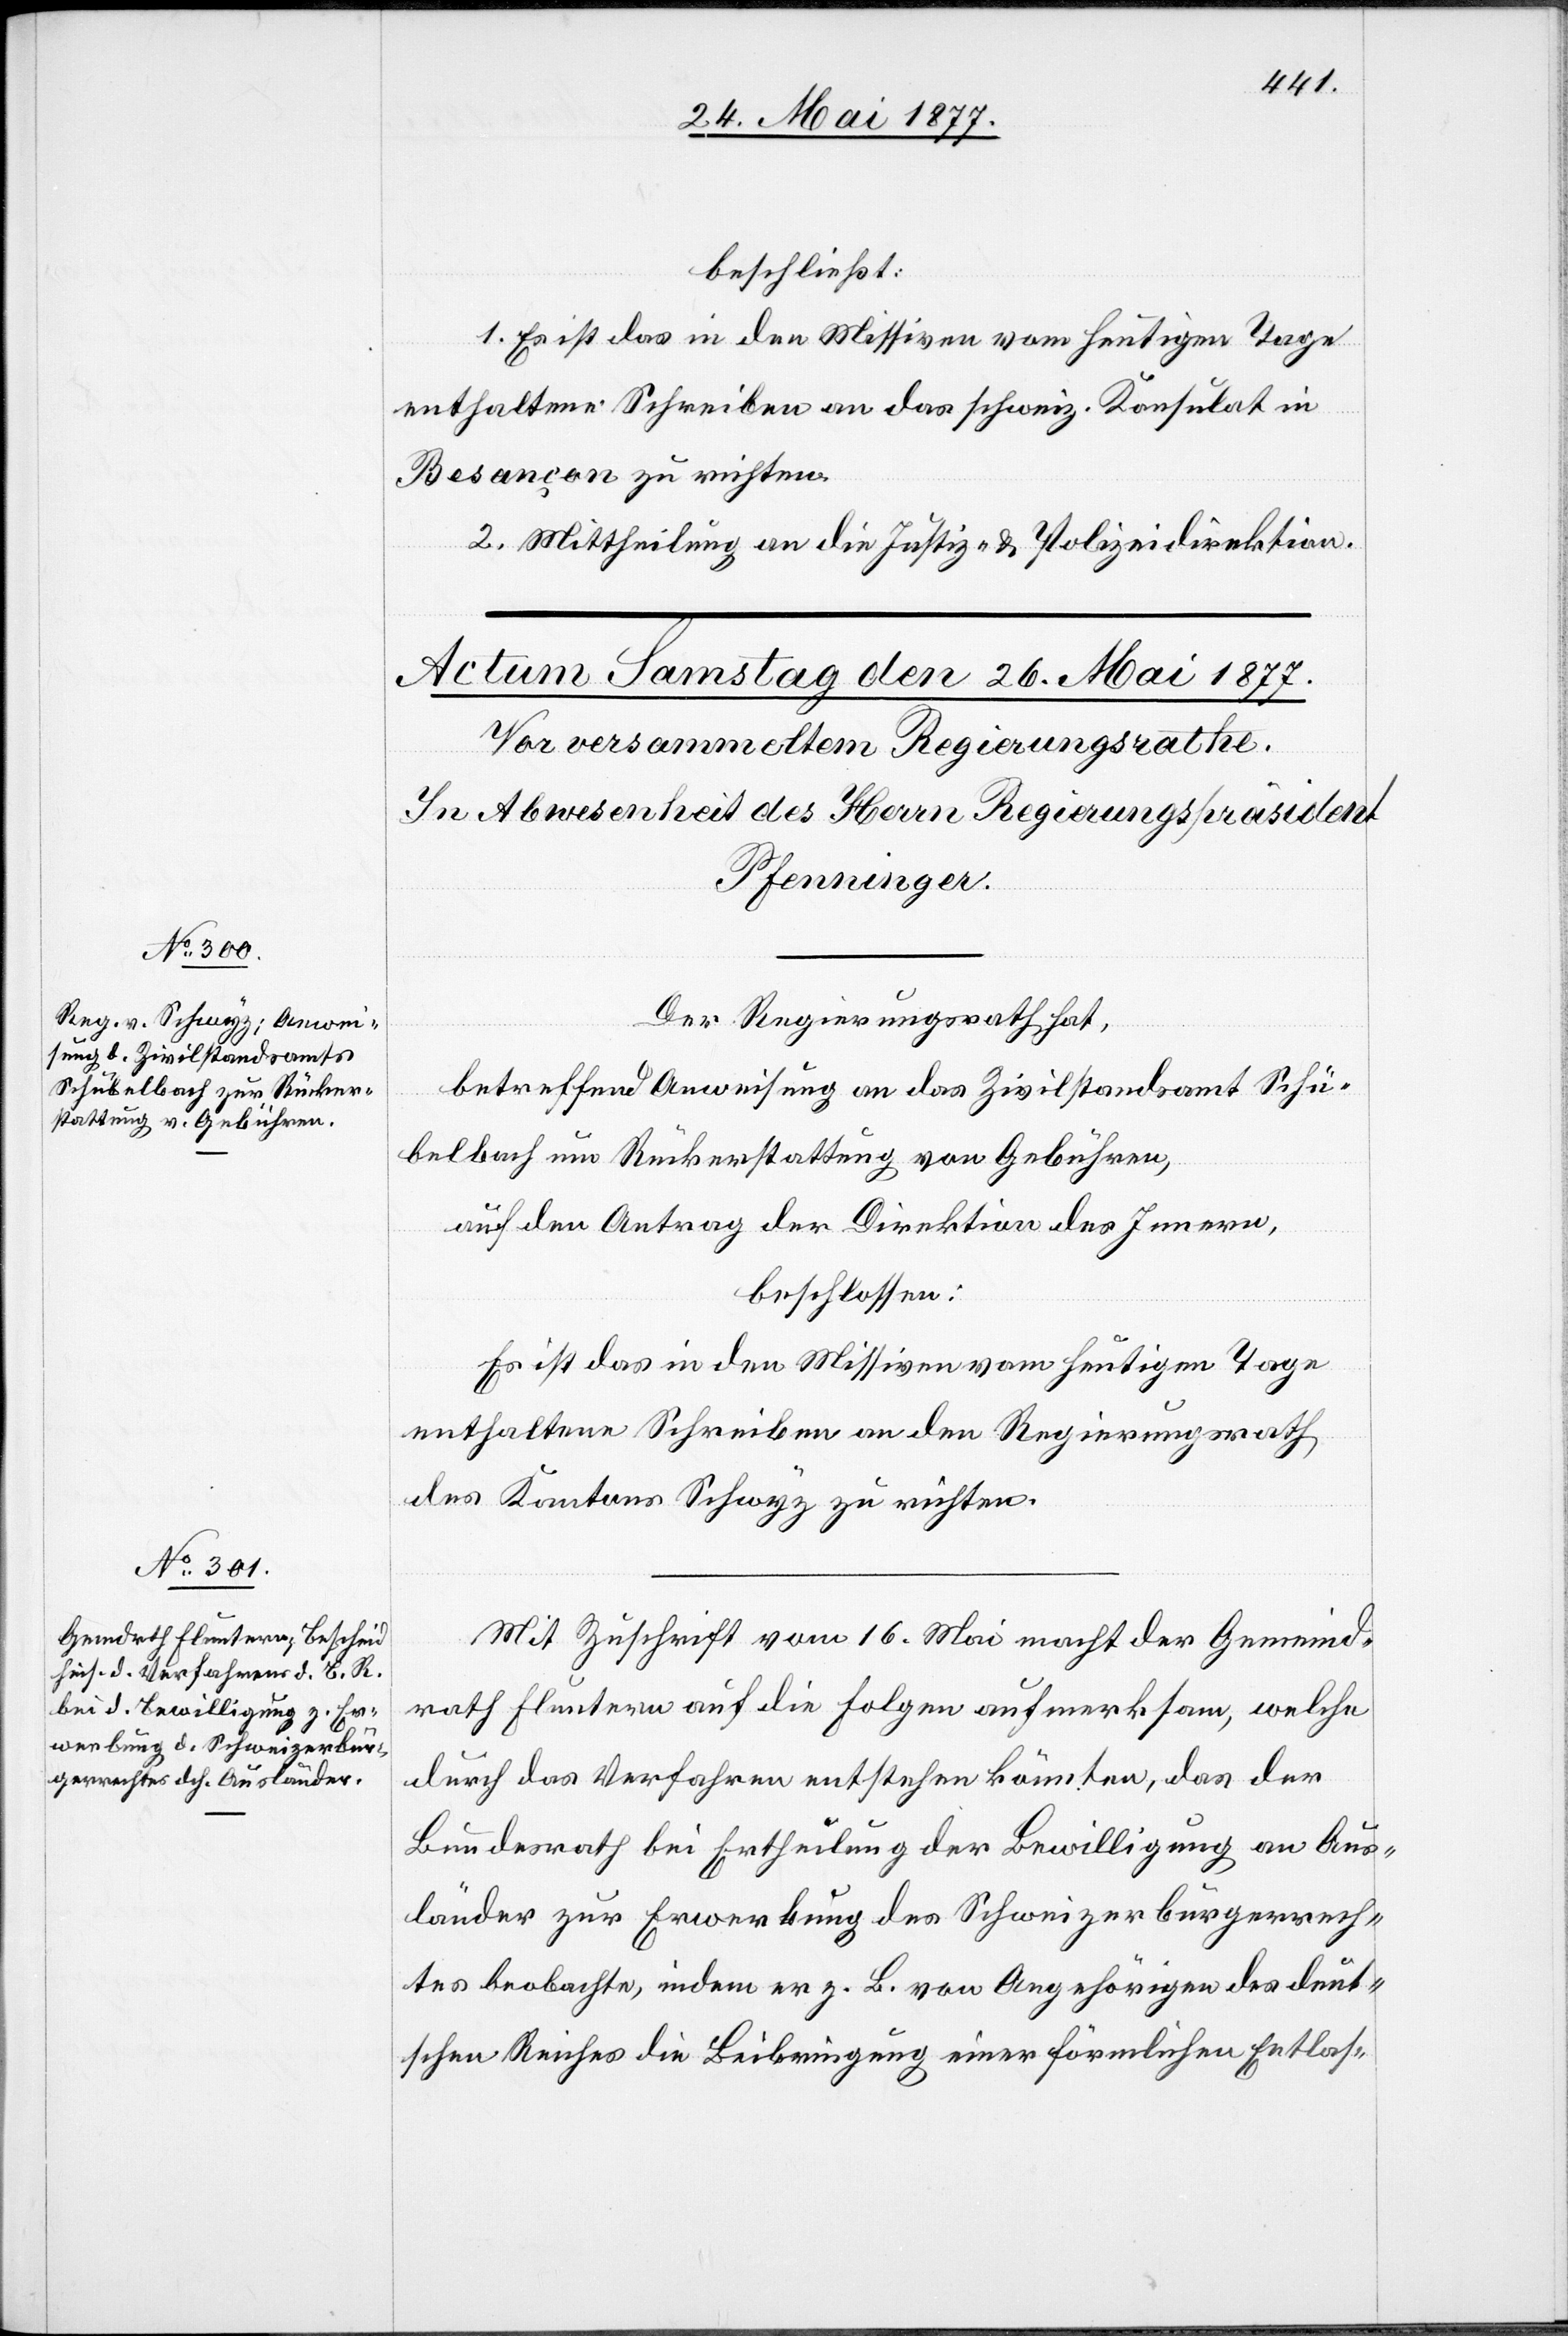
beschließt:
1. Es ist das in den Missiven vom heutigen Tage
enthaltene Schreiben an das schweiz. Konsulat in
Besançon zu richten.
2. Mittheilung an die Justiz- & Polizeidirektion.
Der Regierungsrath hat,
betreffend Anweisung an das Zivilstandsamt Schü¬
belbach um Rückerstattung von Gebühren,
auf den Antrag der Direktion des Innern,
beschlossen:
Es ist das in den Missiven vom heutigen Tage
enthaltene Schreiben an den Regierungsrath
des Kantons Schwyz zu richten.
Mit Zuschrift vom 16. Mai macht der Gemeind¬
rath Fluntern auf die Folgen aufmerksam, welche
durch das Verfahren entstehen könnten, das der
Bundesrath bei Ertheilung der Bewilligung an Aus¬
länder zur Erwerbung des Schweizerbürgerrech¬
tes beobachte, indem er z. B. von Angehörigen des deut¬
schen Reiches die Beibringung einer förmlichen Entlas-